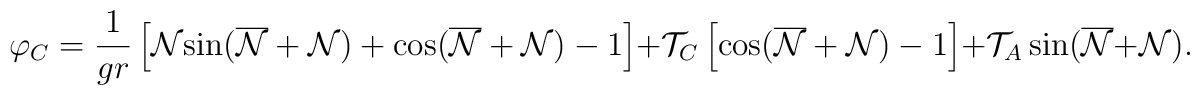
\varphi_C=\frac{1}{gr}\left[{\cal{N}}{\sin}(\overline{\cal{N}}+{\cal{N}})+{\cos}(\overline{\cal{N}}+{\cal{N}})-1\right]+{\cal T}_C\left[{\cos}(\overline{\cal{N}}+{\cal{N}})-1\right]+{\cal T}_A\,{\sin}(\overline{\cal{N}}+{\cal{N}}).